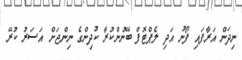
ނިދަން އަރާފައި ފޯނު އަދި ލެޕްޓޮފް ބޭނުންކުރާ ކުދިންގެ ނިންޖަށް އަސަރު ކުރޭ